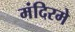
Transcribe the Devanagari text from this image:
मंदिरमे